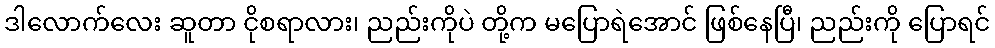
ဒါလောက်လေး ဆူတာ ငိုစရာလား၊ ညည်းကိုပဲ တို့က မပြောရဲအောင် ဖြစ်နေပြီ၊ ညည်းကို ပြောရင်